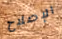
الإصلاح